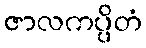
ဇာလကပ္ပိတံ